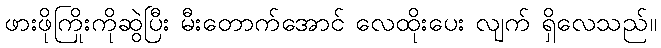
ဖားဖိုကြိုးကိုဆွဲပြီး မီးတောက်အောင် လေထိုးပေး လျက် ရှိလေသည်။